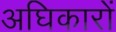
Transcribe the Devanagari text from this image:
अघिकारों